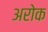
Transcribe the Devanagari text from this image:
अरोक